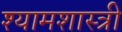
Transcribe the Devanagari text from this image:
श्यामशास्त्री